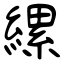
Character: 縲